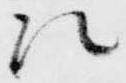
法